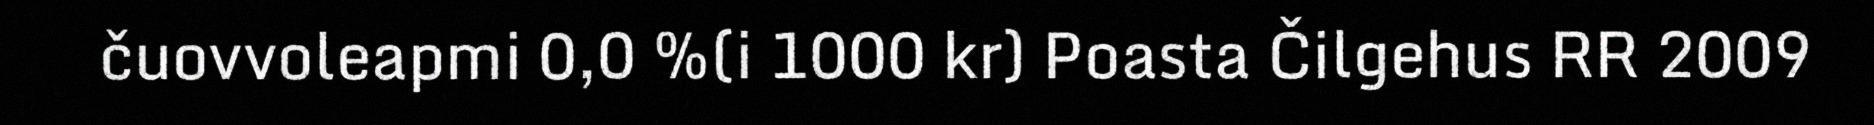
čuovvoleapmi 0,0 %(i 1000 kr) Poasta Čilgehus RR 2009